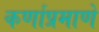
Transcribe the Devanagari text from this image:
कर्णाप्रमाणे